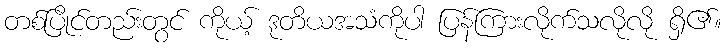
တစ်ပြိုင်တည်းတွင် ကိုယ့် ဒုတိယအသံကိုပါ ပြန်ကြားလိုက်သလိုလို ရှိ၏။